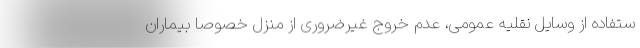
ستفاده از وسایل نقلیه عمومی، عدم خروج غیرضروری از منزل خصوصا بیماران